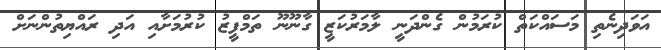
އަވަދިނެތި މަސައްކަތް ކުރަމުން ގެންދަނީ ލާމަރުކަޒީ ގާނޫނޫ ތަމްފީޒު ކުރުމަށާއި އަދި ރައްޔިތުންނަށް